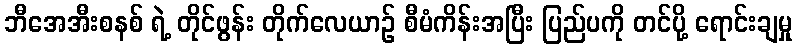
ဘီအေအီးစနစ် ရဲ့ တိုင်ဖွန်း တိုက်လေယာဉ် စီမံကိန်းအပြီး ပြည်ပကို တင်ပို့ ရောင်းချမှု